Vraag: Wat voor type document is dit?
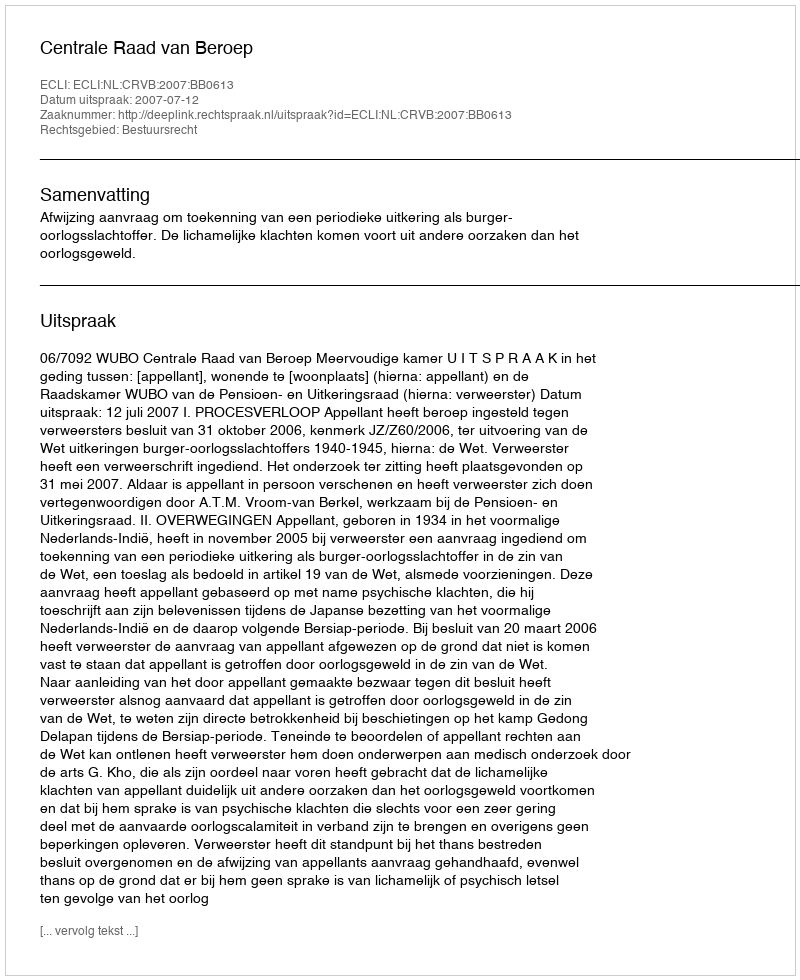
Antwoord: Uitspraak